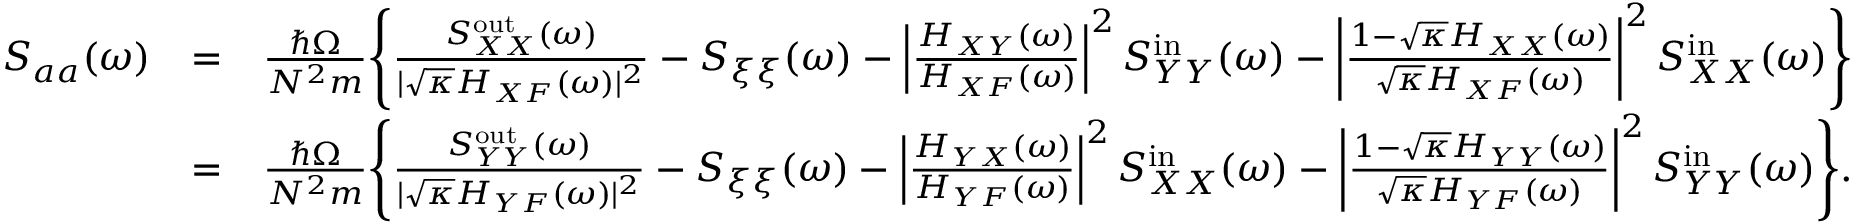
\begin{array} { r l r } { S _ { a a } ( \omega ) } & { = } & { \frac { \hbar \Omega } { N ^ { 2 } m } \Bigg \{ \frac { S _ { X X } ^ { \mathrm { o u t } } ( \omega ) } { | \sqrt { \kappa } H _ { X F } ( \omega ) | ^ { 2 } } - S _ { \xi \xi } ( \omega ) - \left| \frac { H _ { X Y } ( \omega ) } { H _ { X F } ( \omega ) } \right| ^ { 2 } S _ { Y Y } ^ { \mathrm { i n } } ( \omega ) - \left| \frac { 1 - \sqrt { \kappa } H _ { X X } ( \omega ) } { \sqrt { \kappa } H _ { X F } ( \omega ) } \right| ^ { 2 } S _ { X X } ^ { \mathrm { i n } } ( \omega ) \Bigg \} } \\ & { = } & { \frac { \hbar \Omega } { N ^ { 2 } m } \Bigg \{ \frac { S _ { Y Y } ^ { \mathrm { o u t } } ( \omega ) } { | \sqrt { \kappa } H _ { Y F } ( \omega ) | ^ { 2 } } - S _ { \xi \xi } ( \omega ) - \left| \frac { H _ { Y X } ( \omega ) } { H _ { Y F } ( \omega ) } \right| ^ { 2 } S _ { X X } ^ { \mathrm { i n } } ( \omega ) - \left| \frac { 1 - \sqrt { \kappa } H _ { Y Y } ( \omega ) } { \sqrt { \kappa } H _ { Y F } ( \omega ) } \right| ^ { 2 } S _ { Y Y } ^ { \mathrm { i n } } ( \omega ) \Bigg \} . } \end{array}